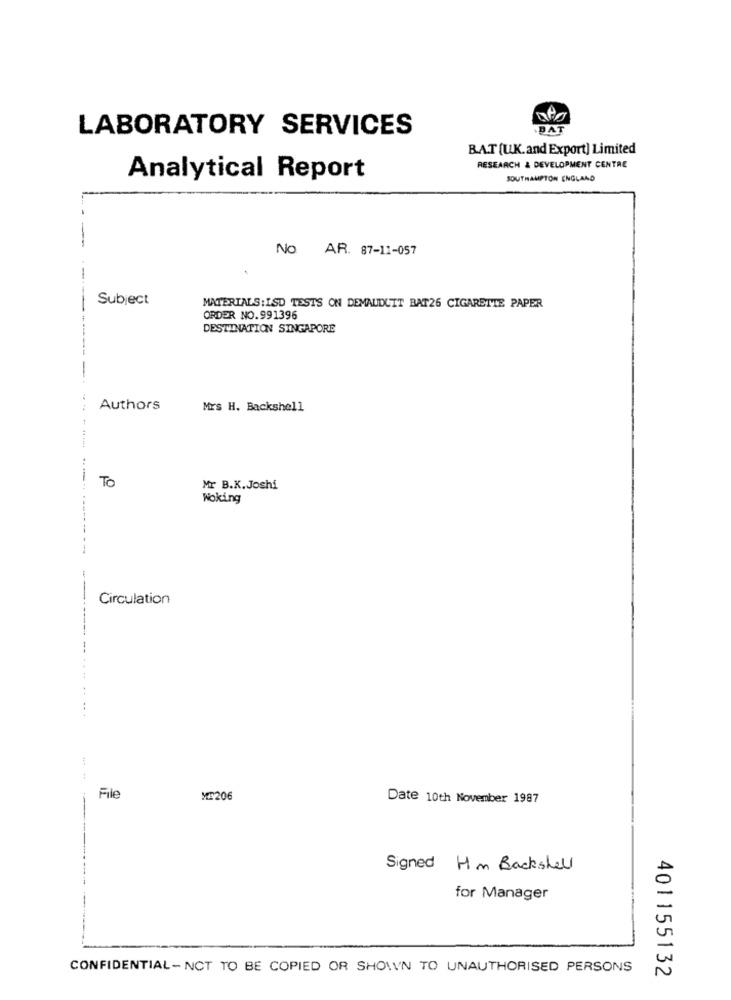
LABORATORY SERVICES
DAT
BAT (U.K.and Export] Limited
RESEARCH & DEVELOPMENT CENTRE
Analytical Report
SOUTHAMPTON ENGLAND
No AR. 87-11-057
Subject
MATERIALS: ISD TESTS ON DEMAUDUIT BAT26 CIGARETTE PAPER
ORDER NO.991396
DESTINATION SINGAPORE
--
Authors
Mrs H. Backshell
To
Mr B.K.Joshi
Woking
Circulation
--------
File
MS206
Date 10th November 1987
Signed Hm Backshell
for Manager
CONFIDENTIAL-NCT TO BE COPIED OR SHOWN TO UNAUTHORISED PERSONS
401155132